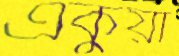
একুয়া